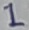
Text: 1